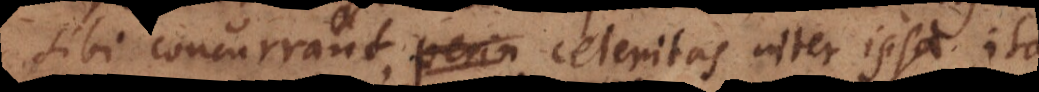
sibi concurrant, celeritas inter ipsa ita